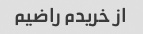
از خریدم راضیم